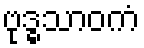
ဗုဒ္ဓသာဝကံ